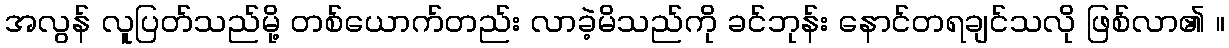
အလွန် လူပြတ်သည်မို့ တစ်ယောက်တည်း လာခဲ့မိသည်ကို ခင်ဘုန်း နောင်တရချင်သလို ဖြစ်လာ၏ ။